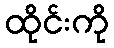
ထိုင်းကို